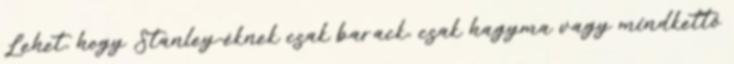
Lehet, hogy Stanley-éknek csak barack, csak hagyma vagy mindkettő